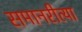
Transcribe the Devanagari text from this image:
समानरीत्या